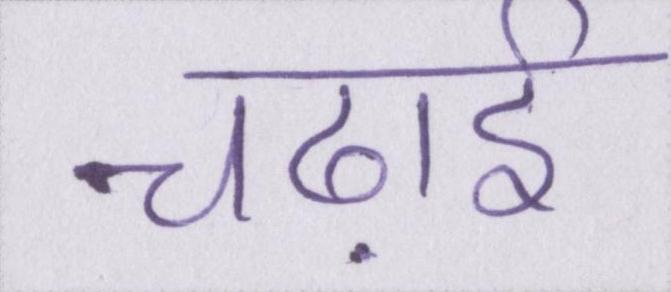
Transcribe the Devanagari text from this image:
चढ़ाई